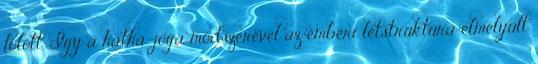
fölött. Így a hatha-jóga módszerével az emberi létstruktúra elmélyült